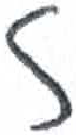
אות: ז